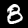
Label: 8